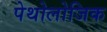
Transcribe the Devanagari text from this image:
पेथोलोजिक